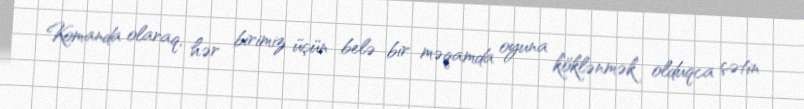
Komanda olaraq, hər birimiz üçün belə bir məqamda oyuna köklənmək olduqca çətin